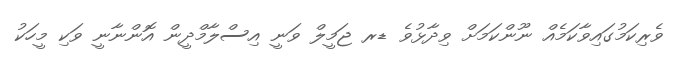
ވެރިކަމުގައިވާކަމެއް ނޫންކަމަށް ވިދާޅުވެ ޑރ ޖަމީލް ވަނީ އިސްލާމްދީން އޮންނާނީ ވަކި މީހަކު